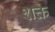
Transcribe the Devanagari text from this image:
शक्ते